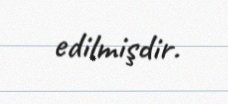
edilmişdir.